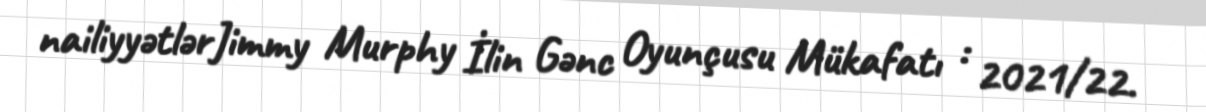
nailiyyətlərJimmy Murphy İlin Gənc Oyunçusu Mükafatı : 2021/22.